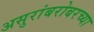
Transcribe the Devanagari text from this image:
असुरांबरोबरच्या